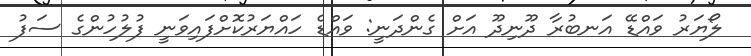
ލޯޔަރު ވައްޑޭ އަނބުރާ ދޫނިދޫ އަށް ގެންދަނީ: ވައްޑެ ހައްޔަރުކޮށްފައިވަނީ ފުލުހުންގެ ސަފު